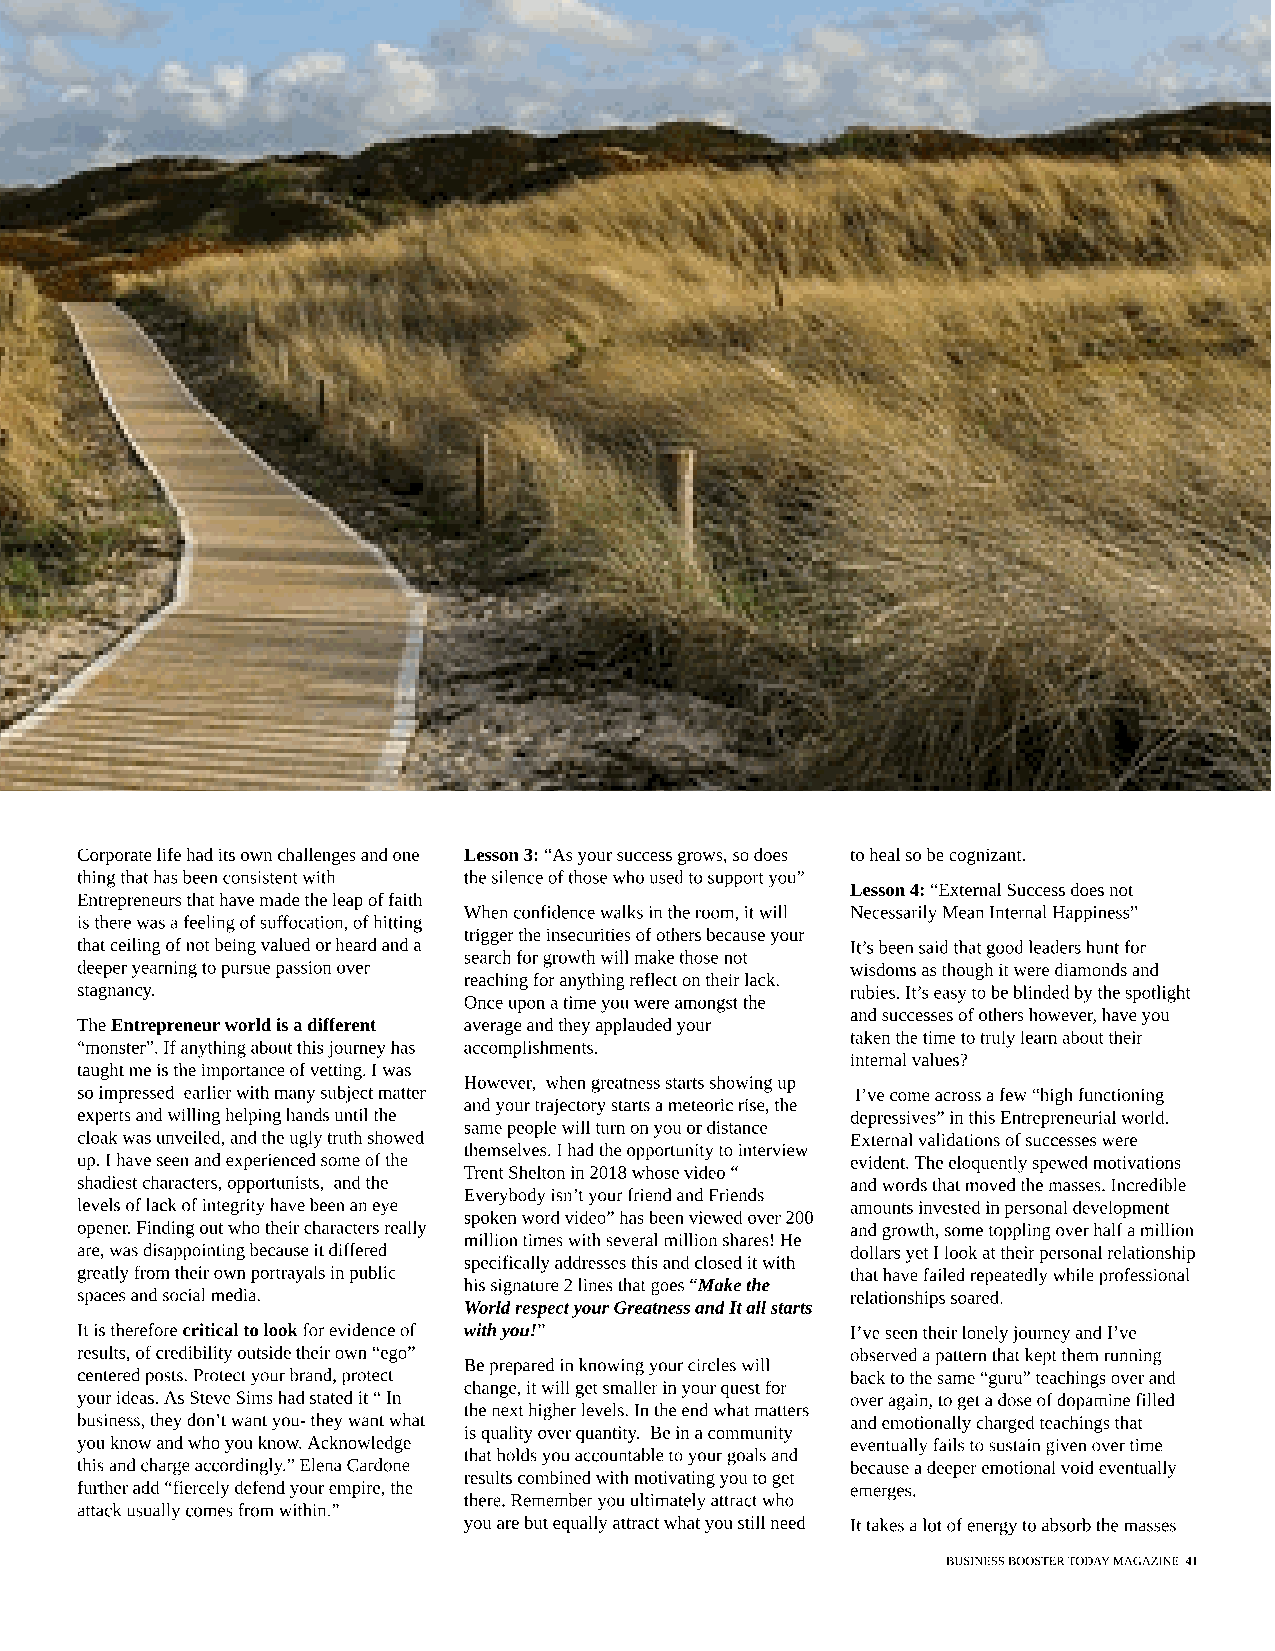
Corporate life had its own challenges and one Lesson 3: ?As your success grows, so does to heal so be cognizant.
 thing that has been consistent with the silence of those who used to support you?
 Lesson 4: ?External Success does not
 Entrepreneurs that have made the leap of faith
 When confidence walks in the room, it will Necessarily Mean Internal Happiness?
 is there was a feeling of suffocation, of hitting
 trigger the insecurities of others because your
 that ceiling of not being valued or heard and a    It?s been said that good leaders hunt for
 search for growth will make those not
 deeper yearning to pursue passion over             wisdoms as though it were diamonds and
 reaching for anything reflect on their lack.
 stagnancy.                                         rubies. It?s easy to be blinded by the spotlight
 Once upon a time you were amongst the
 and successes of others however, have you
 The Entrepreneur world is a different average and they applauded your
 taken the time to truly learn about their
 ?monster?. If anything about this journey has accomplishments.
 internal values?
 taught me is the importance of vetting. I was
 However, when greatness starts showing up
 so impressed earlier with many subject matter       I?ve come across a few ?high functioning
 and your trajectory starts a meteoric rise, the
 experts and willing helping hands until the        depressives? in this Entrepreneurial world.
 same people will turn on you or distance
 cloak was unveiled, and the ugly truth showed      External validations of successes were
 themselves. I had the opportunity to interview
 up. I have seen and experienced some of the        evident. The eloquently spewed motivations
 Trent Shelton in 2018 whose video ?
 shadiest characters, opportunists, and the         and words that moved the masses. Incredible
 Everybody isn?t your friend and Friends
 levels of lack of integrity have been an eye       amounts invested in personal development
 spoken word video? has been viewed over 200
 opener. Finding out who their characters really    and growth, some toppling over half a million
 million times with several million shares! He
 are, was disappointing because it differed         dollars yet I look at their personal relationship
 specifically addresses this and closed it with
 greatly from their own portrayals in public        that have failed repeatedly while professional
 his signature 2 lines that goes ?Make the
 spaces and social media.                           relationships soared.
 World respect your Greatness and It all starts
 It is therefore critical to look for evidence of with you!? I?ve seen their lonely journey and I?ve
 results, of credibility outside their own ?ego?    observed a pattern that kept them running
 Be prepared in knowing your circles will
 centered posts. Protect your brand, protect        back to the same ?guru? teachings over and
 change, it will get smaller in your quest for
 your ideas. As Steve Sims had stated it ? In       over again, to get a dose of dopamine filled
 the next higher levels. In the end what matters
 business, they don?t want you- they want what      and emotionally charged teachings that
 is quality over quantity. Be in a community
 you know and who you know. Acknowledge             eventually fails to sustain given over time
 that holds you accountable to your goals and
 this and charge accordingly.? Elena Cardone        because a deeper emotional void eventually
 results combined with motivating you to get
 further add ?fiercely defend your empire, the      emerges.
 there. Remember you ultimately attract who
 attack usually comes from within.?
 you are but equally attract what you still need It takes a lot of energy to absorb the masses
 BUSINESS BOOSTER TODAY MAGAZINE 41